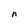
Character: n